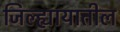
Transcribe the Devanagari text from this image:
जिल्ह्यायातील